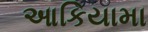
આકિયામા